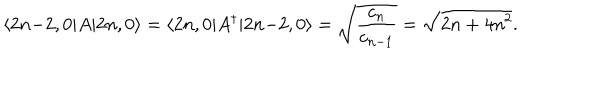
LaTeX: \langle 2 n { - } 2 , 0 | A | 2 n , 0 \rangle = \langle 2 n , 0 | A ^ { \dagger } | 2 n { - } 2 , 0 \rangle = \sqrt { \frac { c _ { n } } { c _ { n - 1 } } } = \sqrt { 2 n + 4 n ^ { 2 } } .